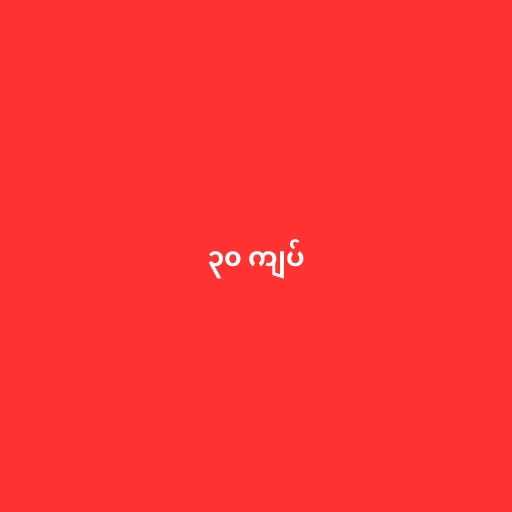
၃၀ ကျပ်